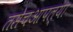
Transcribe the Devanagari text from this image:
तसेचआपल्या